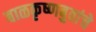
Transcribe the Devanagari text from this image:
बाळकृष्णबुवांचे